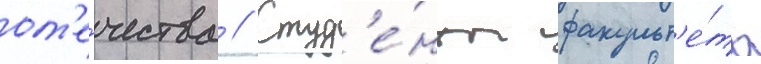
от'е́чества // Студ'е́нты факульт'е́та